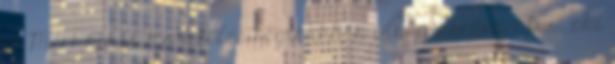
is Mert nincs ma széles régiónkban olyan koreográfus, aki